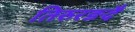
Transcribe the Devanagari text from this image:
तिरुरङदै